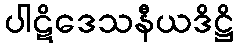
ပါဋိဒေသနီယဒိဋ္ဌိ